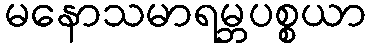
မနောသမာရမ္ဘပစ္စယာ